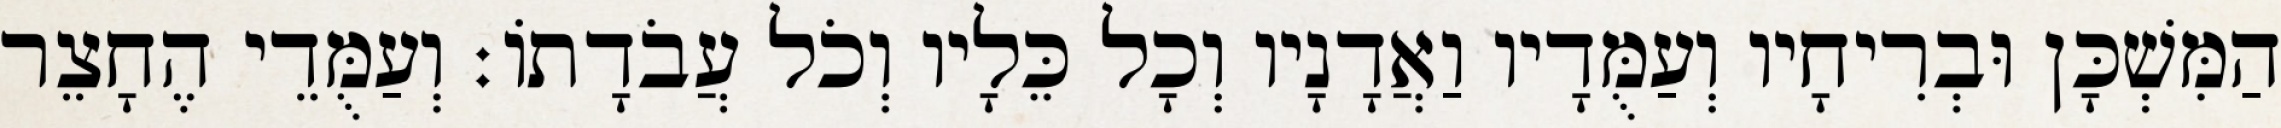
הַמִּשְׁכָּן וּבְרִיחָיו וְעַמֻּדָיו וַאֲדָנָיו וְכָל כֵּלָיו וְכֹל עֲבֹדָתוֹ׃ וְעַמֻּדֵי הֶחָצֵר